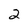
Character: 2